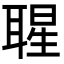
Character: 𦖤